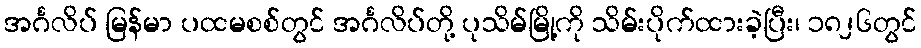
အင်္ဂလိပ် မြန်မာ ပထမစစ်တွင် အင်္ဂလိပ်တို့ ပုသိမ်မြို့ကို သိမ်းပိုက်ထားခဲ့ပြီး၊ ၁၈၂၆တွင်